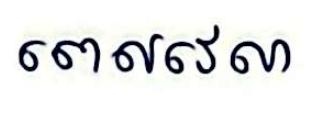
ពេលវេលា